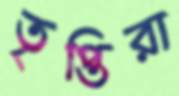
তৃপ্তিরা